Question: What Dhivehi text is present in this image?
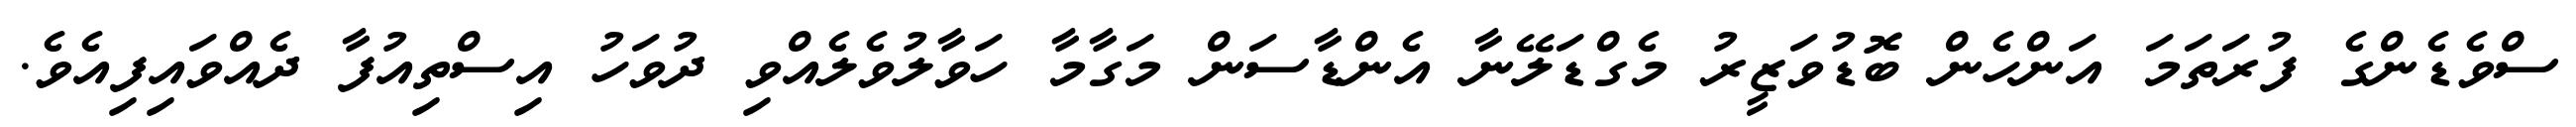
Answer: ސްވެޑެންގެ ފުރަތަމަ އަންހެން ބޮޑުވަޒީރު މެގްޑަލޭނާ އެންޑާސަން މަގާމާ ހަވާލުވެލެއްވި ދުވަހު އިސްތިއުފާ ދެއްވައިފިއެވެ.